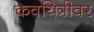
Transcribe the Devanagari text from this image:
कवयित्रीवर